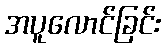
အပူလောင်ခြင်း